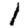
Digit: 1